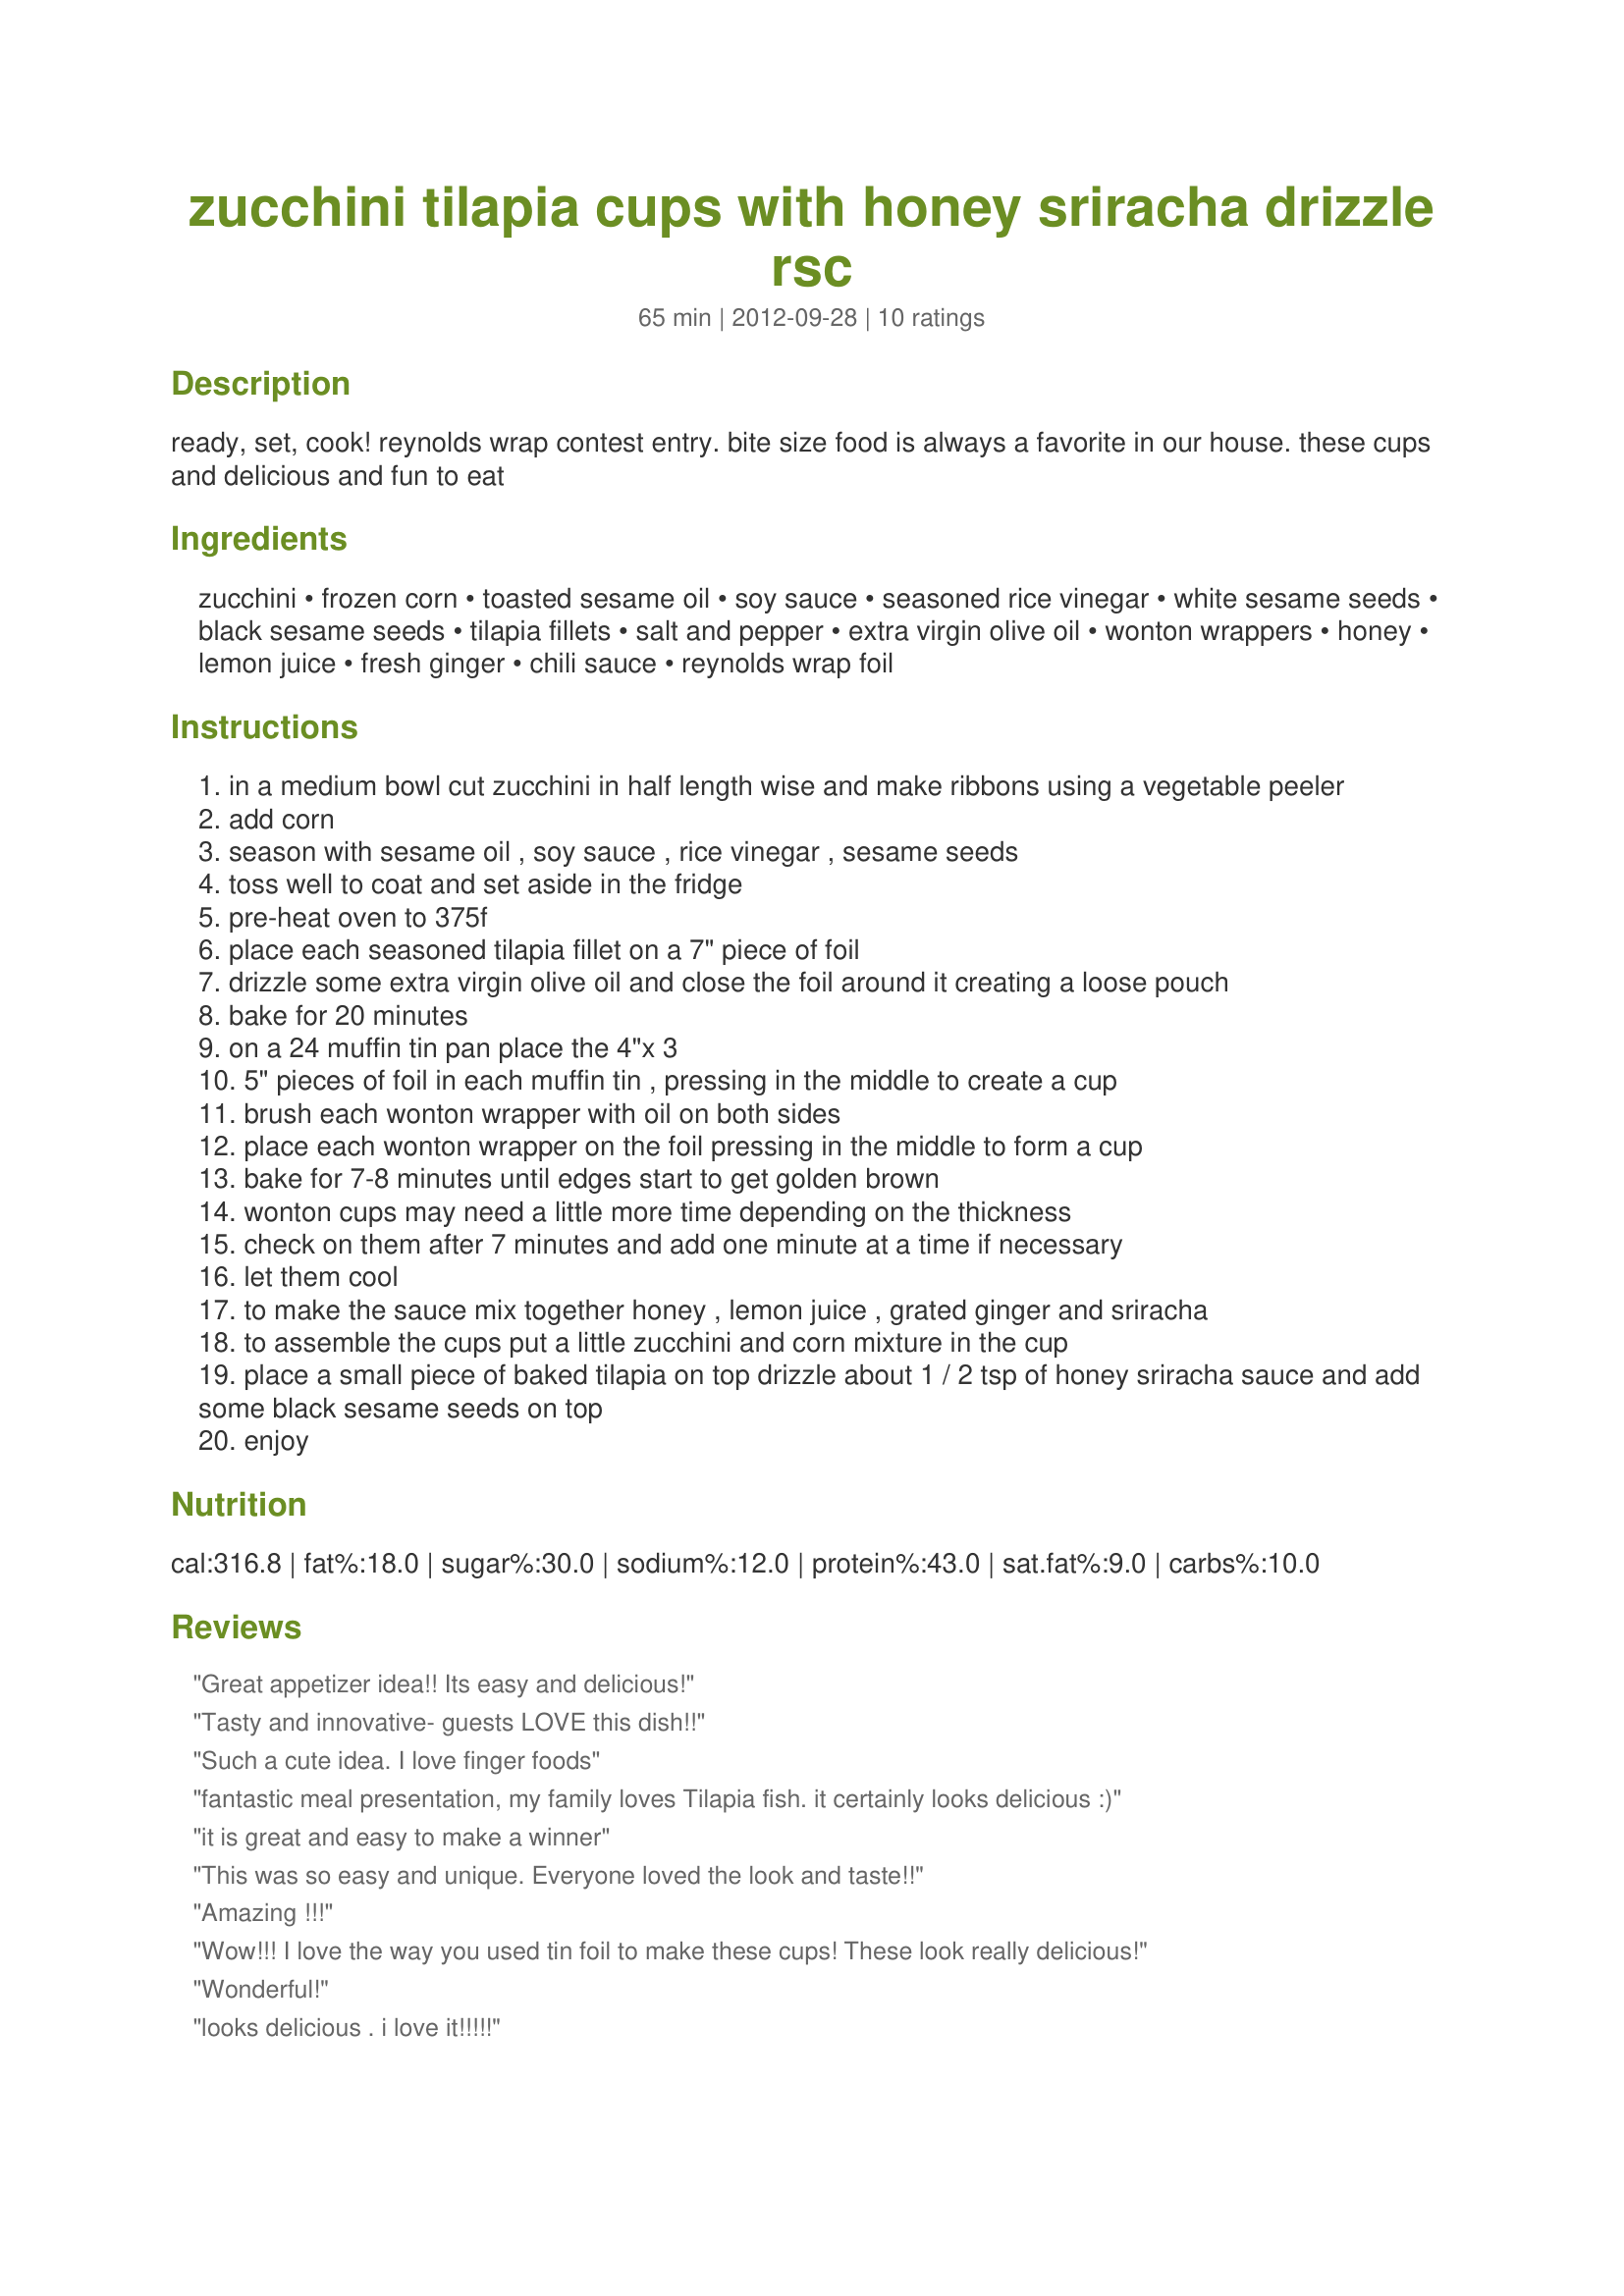
zucchini tilapia cups with honey sriracha drizzle rsc
Preparation time: 65 minutes

ready, set, cook! reynolds wrap contest entry. bite size food is always a favorite in our house. these cups and delicious and fun to eat

Ingredients:
zucchini, frozen corn, toasted sesame oil, soy sauce, seasoned rice vinegar, white sesame seeds, black sesame seeds, tilapia fillets, salt and pepper, extra virgin olive oil, wonton wrappers, honey, lemon juice, fresh ginger, chili sauce, reynolds wrap foil

Steps:
in a medium bowl cut zucchini in half length wise and make ribbons using a vegetable peeler
add corn
season with sesame oil , soy sauce , rice vinegar , sesame seeds
toss well to coat and set aside in the fridge
pre-heat oven to 375f
place each seasoned tilapia fillet on a 7" piece of foil
drizzle some extra virgin olive oil and close the foil around it creating a loose pouch
bake for 20 minutes
on a 24 muffin tin pan place the 4"x 3
5" pieces of foil in each muffin tin , pressing in the middle to create a cup
brush each wonton wrapper with oil on both sides
place each wonton wrapper on the foil pressing in the middle to form a cup
bake for 7-8 minutes until edges start to get golden brown
wonton cups may need a little more time depending on the thickness
check on them after 7 minutes and add one minute at a time if necessary
let them cool
to make the sauce mix together honey , lemon juice , grated ginger and sriracha
to assemble the cups put a little zucchini and corn mixture in the cup
place a small piece of baked tilapia on top drizzle about 1 / 2 tsp of honey sriracha sauce and add some black sesame seeds on top
enjoy

Reviews:
Great appetizer idea!! Its easy and delicious!
Tasty and innovative- guests LOVE this dish!!
Such a cute idea. I love finger foods
fantastic meal presentation, my family loves Tilapia fish. it certainly looks delicious :)
it is great and easy to make a winner
This was so easy and unique. Everyone loved the look and taste!!
Amazing !!!
Wow!!! I love the way you used tin foil to make these cups! These look really delicious!
Wonderful!
looks delicious . i love it!!!!!
